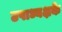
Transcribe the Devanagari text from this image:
उपाध्यक्षके